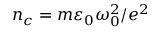
n _ { c } = m \varepsilon _ { 0 } \omega _ { 0 } ^ { 2 } / e ^ { 2 }